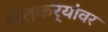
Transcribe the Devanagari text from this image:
शेतकर्‍यांवर